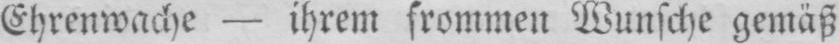
Ehrenwache - ihrem frommen Wunsche gemäß